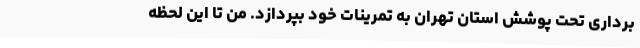
برداری تحت پوشش استان تهران به تمرینات خود بپردازد. من تا این لحظه